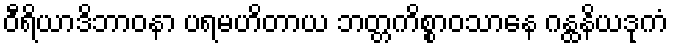
ဝီရိယာဒိဘာဝနာ ပရမဟိတာယ ဘတ္တကိစ္စာဝသာနေ ဂန္ထနိယဒုကံ